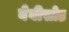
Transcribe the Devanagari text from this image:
वेबीसोड